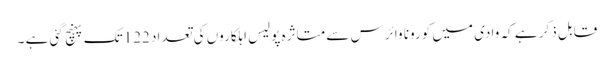
قابل ذکر ہے کہ وادی میں کورونا وائرس سے متاثرہ پولیس اہلکاروں کی تعداد 122تک پہنچ گئی ہے ۔